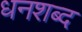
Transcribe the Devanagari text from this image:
धनशब्द